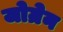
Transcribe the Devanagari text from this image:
जोग्रेन